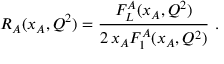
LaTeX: R _ { A } ( x _ { A } , Q ^ { 2 } ) = \frac { F _ { L } ^ { A } ( x _ { A } , Q ^ { 2 } ) } { 2 \, x _ { A } F _ { 1 } ^ { A } ( x _ { A } , Q ^ { 2 } ) } \ .